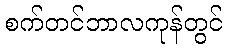
စက်တင်ဘာလကုန်တွင်